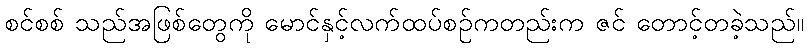
စင်စစ် သည်အဖြစ်တွေကို မောင်နှင့်လက်ထပ်စဉ်ကတည်းက ဇင် တောင့်တခဲ့သည်။